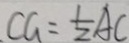
C G = \frac { 1 } { 2 } A C